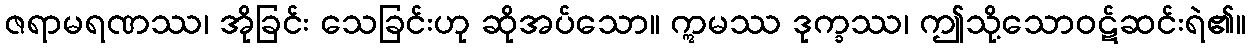
ဇရာမရဏဿ၊ အိုခြင်း သေခြင်းဟု ဆိုအပ်သော။ ဣမဿ ဒုက္ခဿ၊ ဤသို့သောဝဋ်ဆင်းရဲ၏။